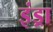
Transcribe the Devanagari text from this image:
इंड्रा